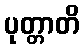
ပုတ္တာတိ